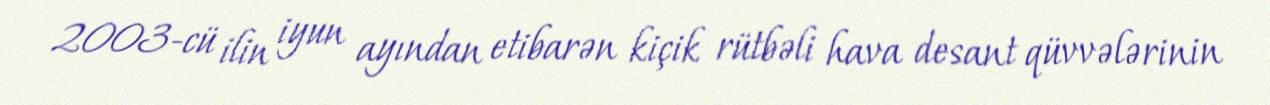
2003-cü ilin iyun ayından etibarən kiçik rütbəli hava desant qüvvələrinin